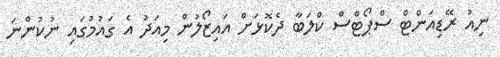
ނިއު ރޭޑިއަންޓް ސްޕޯޓްސް ކްލަބާ ދެކޮޅަށް އައިޒޯލުން މިއަދު އެ ގައުމުގައި ނުކުންނަ